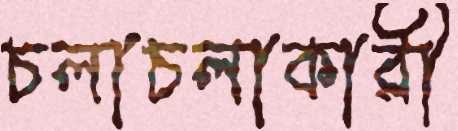
চলাচলাকারী